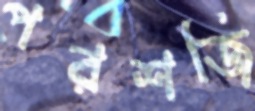
পরশজি